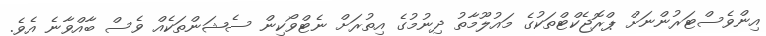
އިންވެސްޓަރުންނަށް ޕްރޮޖެކްޓްތަކުގެ މައުލޫމާތު ދިނުމުގެ އިތުރަށް ނެޓްވޯކިން ސެޝަންތަކެއް ވެސް ބާއްވާނެ އެވެ.